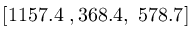
[ 1 1 5 7 . 4 \; , 3 6 8 . 4 , \; 5 7 8 . 7 ]